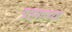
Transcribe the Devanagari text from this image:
ग्रहणांच्या